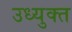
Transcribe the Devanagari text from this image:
उध्युक्त